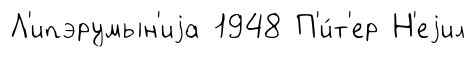
Л'ипэрумын'иjа 1948 П'и́т'ер Н'еjил